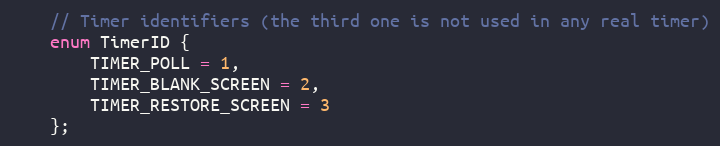
Language: C
	// Timer identifiers (the third one is not used in any real timer)
	enum TimerID {
		TIMER_POLL = 1,
		TIMER_BLANK_SCREEN = 2,
		TIMER_RESTORE_SCREEN = 3
	};